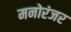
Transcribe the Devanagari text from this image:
मनोरंजर